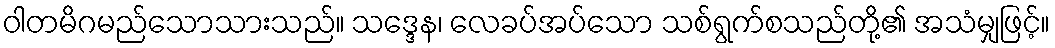
ဝါတမိဂမည်သောသားသည်။ သဒ္ဒေန၊ လေခပ်အပ်သော သစ်ရွက်စသည်တို့၏ အသံမျှဖြင့်။